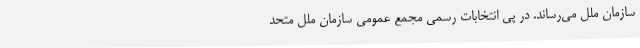
سازمان ملل می‌رساند. در پی انتخابات رسمی مجمع عمومی سازمان ملل متحد